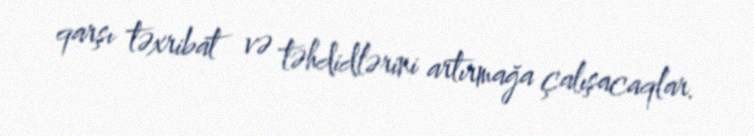
qarşı təxribat və təhdidlərini artırmağa çalışacaqlar.